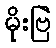
မိုးဗြဲ